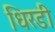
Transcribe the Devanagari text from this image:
धिरडी